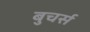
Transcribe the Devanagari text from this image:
बुचर्स